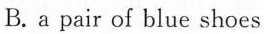
B.a pair of blue shoes